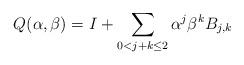
LaTeX: \begin{align*} Q(\alpha,\beta)=I+\sum_{0< j+k\leq 2}\alpha^j\beta^kB_{j,k}\end{align*}